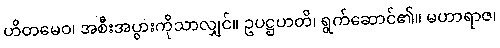
ဟိတမေဝ၊ အစီးအပွားကိုသာလျှင်။ ဥပဋ္ဌဟတိ၊ ရွက်ဆောင်၏။ မဟာရာဇ၊